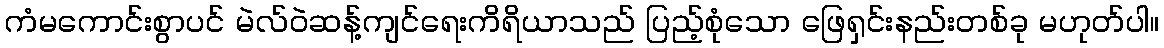
ကံမကောင်းစွာပင် မဲလ်ဝဲဆန့်ကျင်ရေးကိရိယာသည် ပြည့်စုံသော ဖြေရှင်းနည်းတစ်ခု မဟုတ်ပါ။